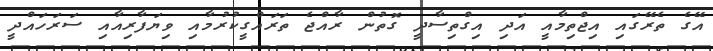
އޭގެ ތެރޭގައި އިޖްތިމާއީ އަދި އިގްތިސާދީ ގޮތުން ރާއްޖެ ތަރައްގީކުރުމާއި ވިޔަފާރިއާއި ސަރަހައްދީ